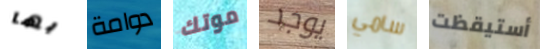
بها دوامة موتك يوجد سامي أستيقظت